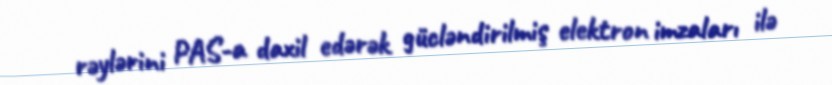
rəylərini PAS-a daxil edərək gücləndirilmiş elektron imzaları ilə